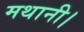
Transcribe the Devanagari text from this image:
मथानी।